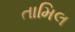
તામિલ